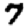
Digit: 7